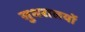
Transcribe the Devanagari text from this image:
सुधरालयों